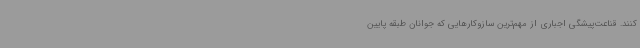
کنند. قناعت‌پیشگی اجباری از مهم‌ترین سازوکارهایی که جوانان طبقه پایین